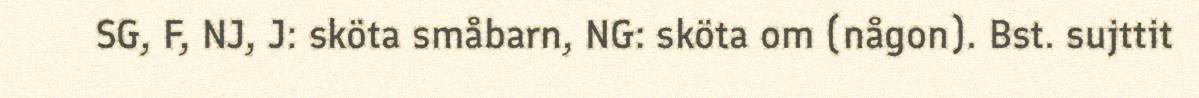
SG, F, NJ, J: sköta småbarn, NG: sköta om (någon). Bst. sujttit